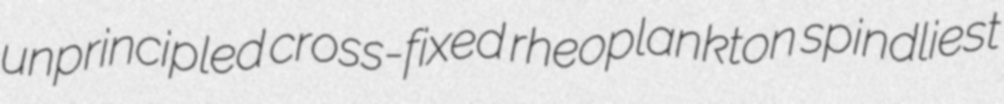
unprincipled cross-fixed rheoplankton spindliest